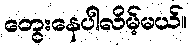
တွေးနေပါလိမ့်မယ်။